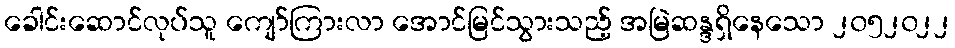
ခေါင်းဆောင်လုပ်သူ ကျော်ကြားလာ အောင်မြင်သွားသည့် အမြဲဆန္ဒရှိနေသော ၂၀၅၂၀၂၂